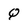
Character: Q